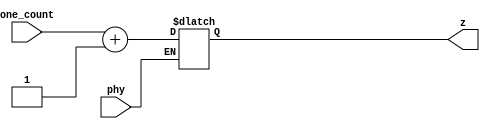
// Copyright 2003 Star Galaxy Publishing

module incr (phy, one_count, z);
  input phy;
  input [1:0] one_count;

  output [1:0] z;
  reg [1:0] z;
  // reg [1:0] ones;

  always @(phy or one_count)
    if (phy)
      z = one_count + 1;

endmodule